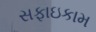
સફાઇકામ